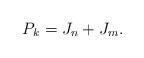
LaTeX: \begin{align*} P_k=J_n+J_m.\end{align*}